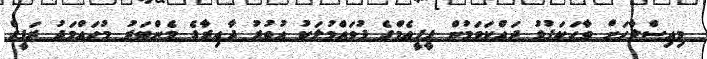
މިއިސްލާހަށް ވާހަކަފުޅު ދައްކަވަމުން ޕީޕީއެމްގެ ފުވައްމުލަކު އުތުރު ދާއިރާގެ މެންބަރު މުހައްމަދު ރަފީގް